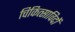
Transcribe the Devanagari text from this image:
चिकित्साविदों